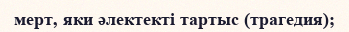
мерт, яки әлектекті тартыс (трагедия);